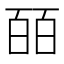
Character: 皕